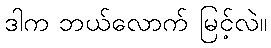
ဒါက ဘယ်လောက် မြင့်လဲ။